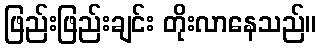
ဖြည်းဖြည်းချင်း တိုးလာနေသည်။